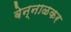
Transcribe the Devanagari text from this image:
बेन्नाळकर